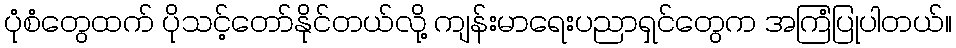
ပုံစံတွေထက် ပိုသင့်တော်နိုင်တယ်လို့ ကျန်းမာရေးပညာရှင်တွေက အကြံပြုပါတယ်။